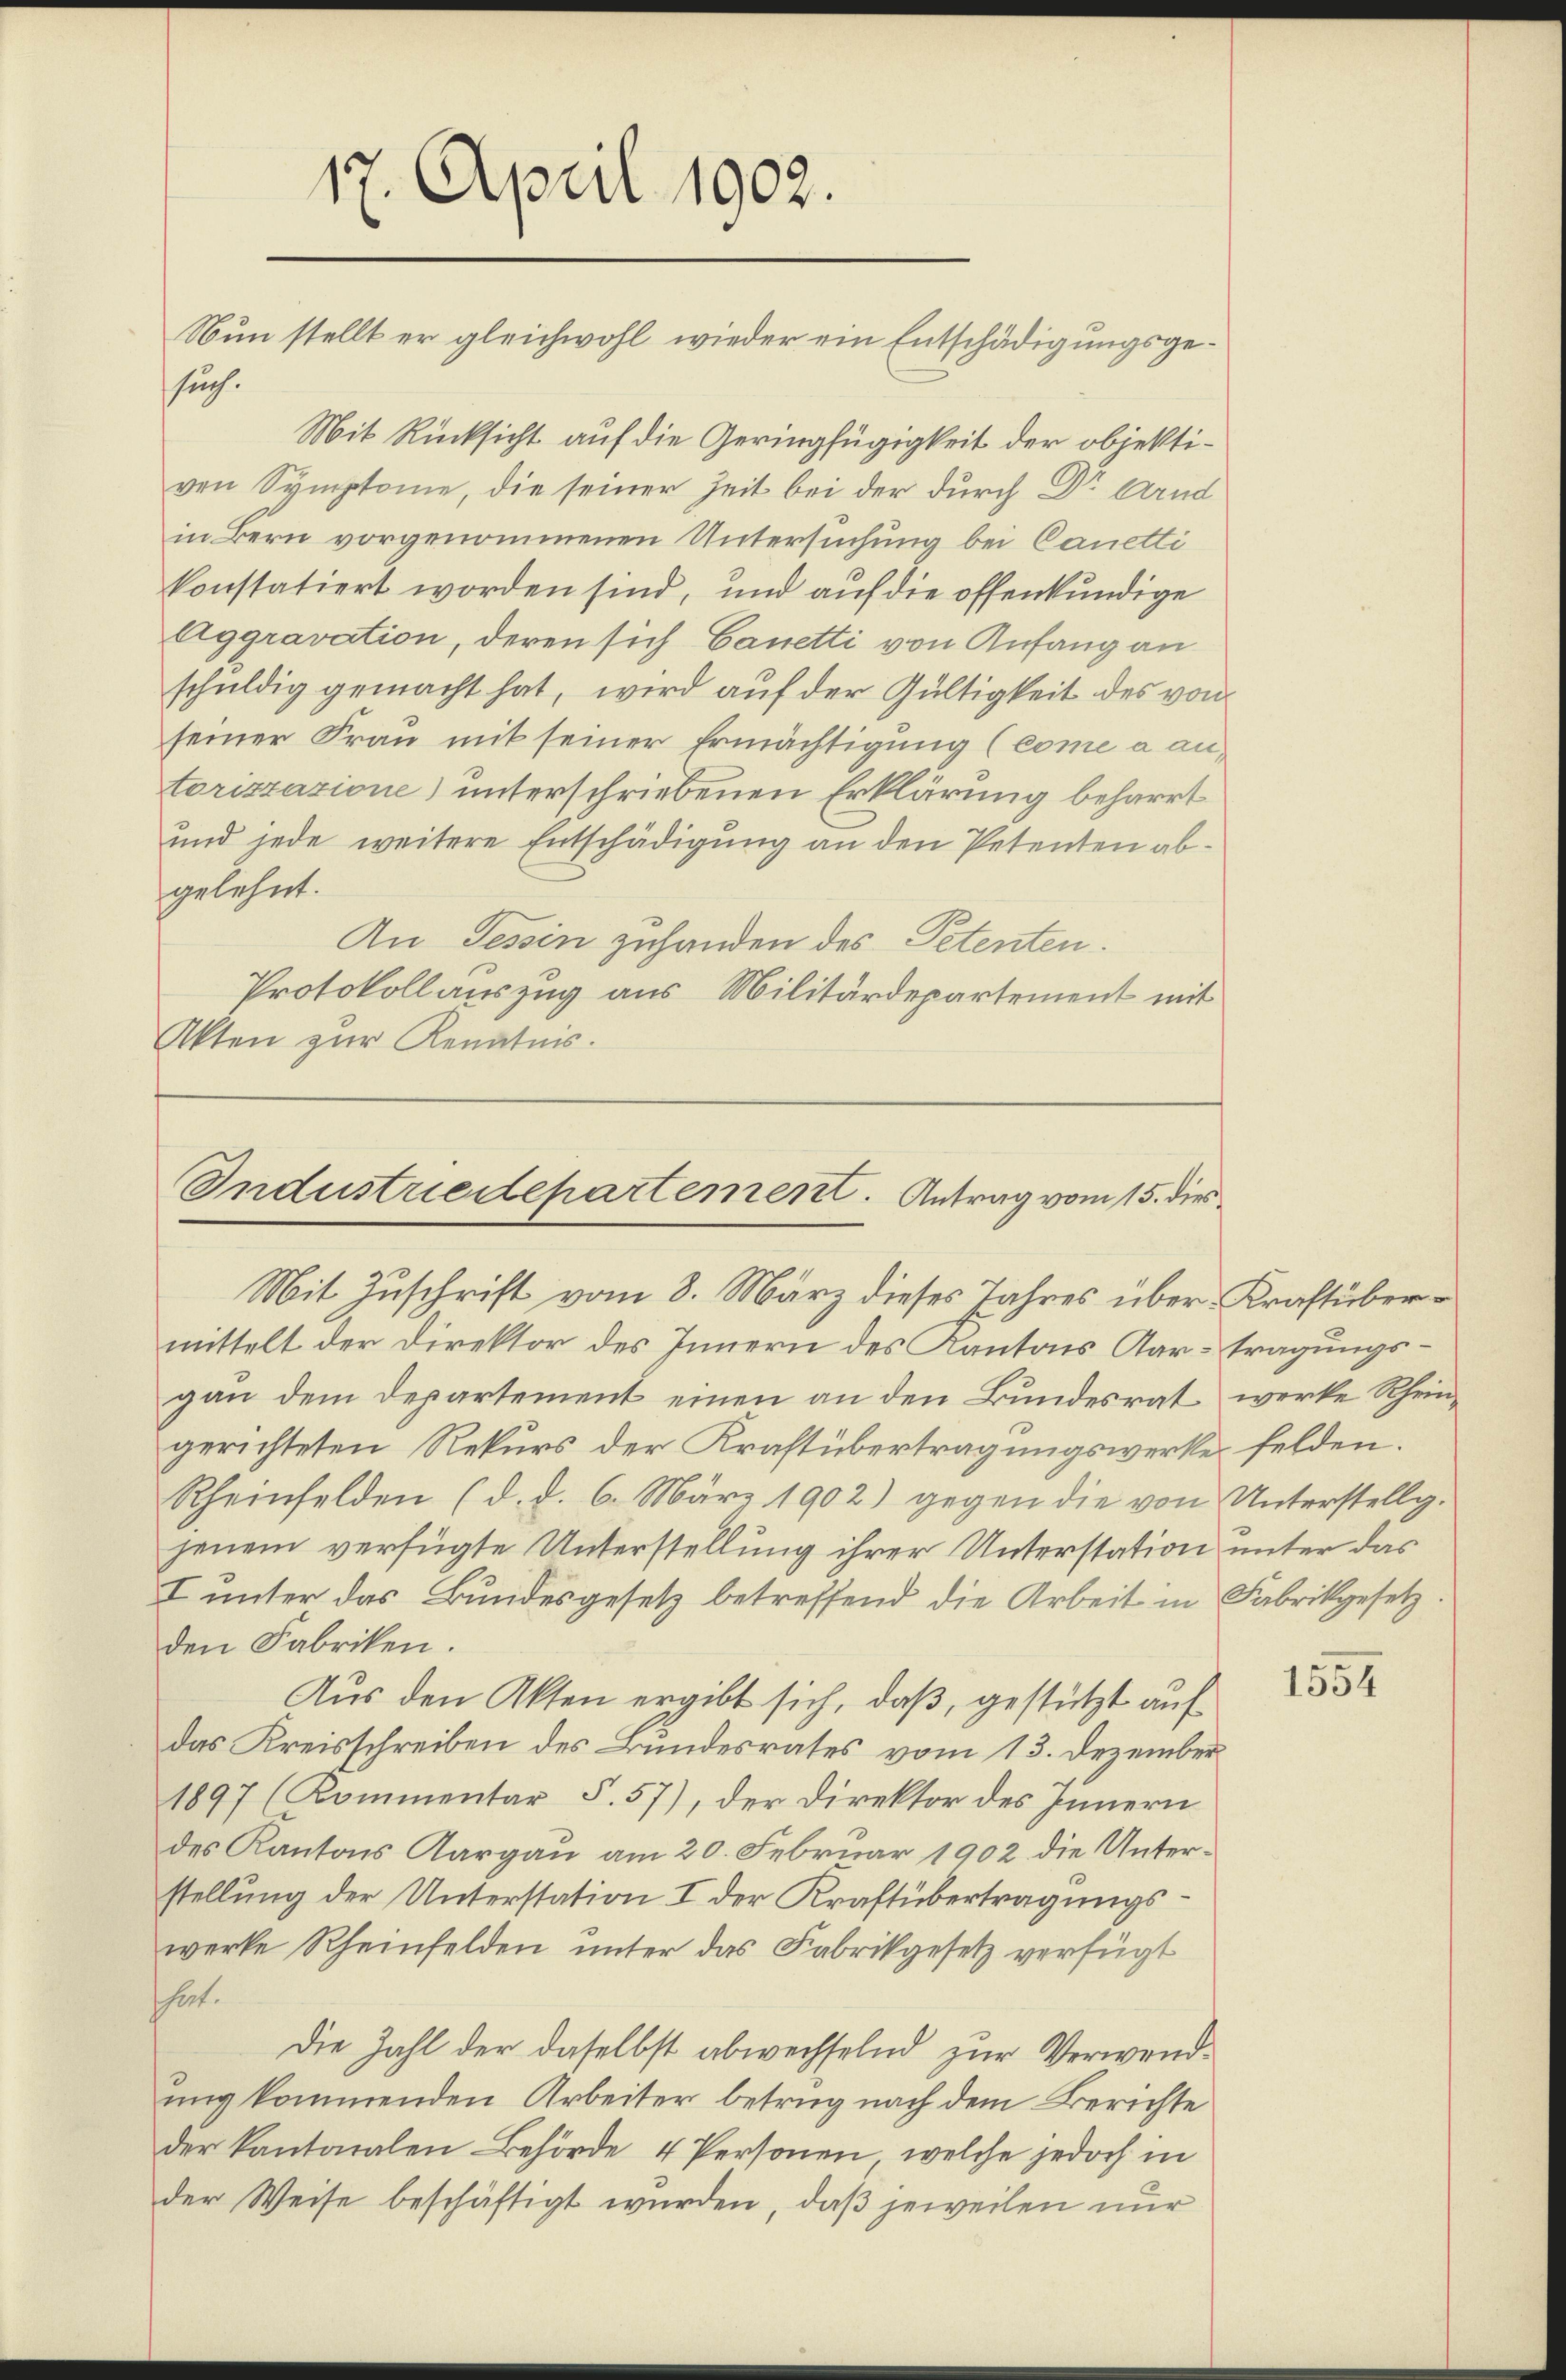
17. April 1902.
Nun stellt er gleichwohl wieder ein Entschädigungsgesuch.

Mit Rücksicht auf die Geringfügigkeit der objektivon Symptome, die seiner Zeit bei der durch Dr Arnd
in Bern vorgenommenen Untersuchung bei Canetti
konstatiert worden sind, und auf die offenkundige
Aggravation, deren sich Canetti von Anfang an
schuldig gemacht hat, wird auf der Gültigkeit des von
seiner Frau mit seiner Ermächtigung (come a antorizzazione) unterschriebenen Erklärung beharrt
und jede weitere Entschädigung an den Petenten abgelehnt.
An Tessin zuhanden des Petenten.
Protokollauszug aus Militärdepartement mit
Akten zur Kenntnis.

Industriedepartement. Antrag vom 15. dies
Mit Zuschrift vom 8. März dieses Jahres über Kraftüber¬

mittelt der Direktor des Innern des Kantons Aar-tragungsgau dem Departement einen an den Bundesrat werke Rheingerichteten Rekurs der Kraftübertragungswerke felden.
Rheinfelden (d. d. 6. März 1902) gegen die von Unterstellg.
jenem verfügte Unterstellung ihrer Unterstation unter das
I unter das Bundesgesetz betreffend die Arbeit in Fabrikgesetz.
den Fabriken.
Aus den Akten ergibt sich, daß, gestützt auf
das Kreisschreiben des Bundesrates vom 13. Dezember
1897 (Kommentar S. 57), der Direktor des Innern
des Kantons Aargau am 20. Februar 1902 die Unterstellung der Unterstation I der Kraftübertragungswerke Rheinfelden unter das Fabrikgesetz verfügt
shat.
Die Zahl der daselbst abwechselnd zur Verwendung kommenden Arbeiter betrug nach dem Berichte
der Kantonalen Behörde 4 Personen, welche jedoch in
der Weise beschäftigt wurden, daß jeweilen nur

1554